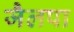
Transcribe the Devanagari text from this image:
जैलपा